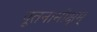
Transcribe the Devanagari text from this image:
पूतनामोक्षम्